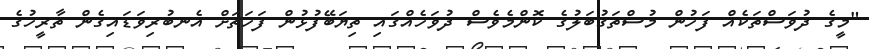
"މީގެ ދުވަސްތަކެއް ފަހުން މުސްތަގުބަލުގެ ކޮންމެވެސް ދުވަހެއްގައި ތިޔަބޭފުޅުން ފަހަތަށް އެނބުރިވަޑައިގެން ތާރީހުގެ